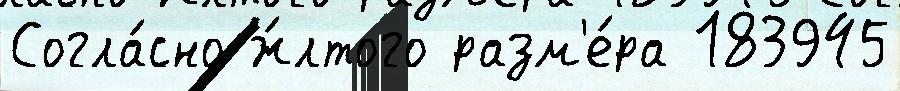
Согла́сно ж́лтого разм'е́ра 183945